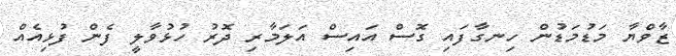
ޒާވްޔާ މަޑުމަޑުން ހިނގާފައި ގޮސް އައިސް އަލަމާރި ދޮރު ހުޅުވާލީ ފެން ފުޅިއެއް